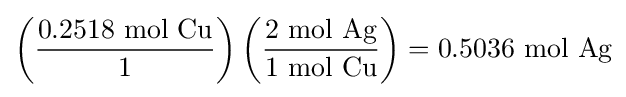
\left({\frac {0.2518{\mbox{ mol Cu}}}{1}}\right)\left({\frac {2{\mbox{ mol Ag}}}{1{\mbox{ mol Cu}}}}\right)=0.5036\ {\text{mol Ag}}